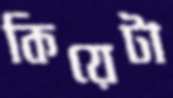
কিয়েটা